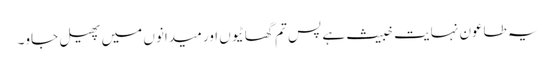
یہ طاعون نہایت خبیث ہے پس تم گھاٹیوں اور میدانوں میں پھیل جاو۔